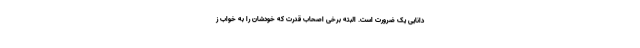
دانایی یک ضرورت است. البته برخی اصحاب قدرت که خودشان را به خواب ز